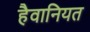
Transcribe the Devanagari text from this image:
हैवानियत